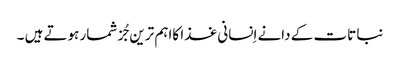
نبا تات کے دانے اِنسانی غذا کااہم ترین جُز شمار ہوتے ہیں ۔